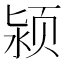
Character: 颍